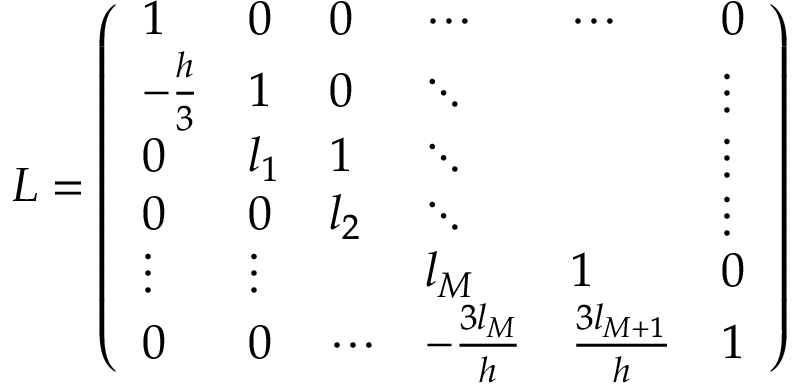
L = \left( \begin{array} { l l l l l l } { 1 } & { 0 } & { 0 } & { \cdots } & { \cdots } & { 0 } \\ { - \frac { h } { 3 } } & { 1 } & { 0 } & { \ddots } & & { \vdots } \\ { 0 } & { l _ { 1 } } & { 1 } & { \ddots } & & { \vdots } \\ { 0 } & { 0 } & { l _ { 2 } } & { \ddots } & & { \vdots } \\ { \vdots } & { \vdots } & & { l _ { M } } & { 1 } & { 0 } \\ { 0 } & { 0 } & { \cdots } & { - \frac { 3 l _ { M } } { h } } & { \frac { 3 l _ { M + 1 } } { h } } & { 1 } \end{array} \right)